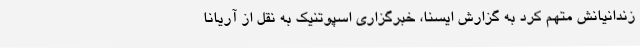
زندانیانش متهم کرد به گزارش ایسنا، خبرگزاری اسپوتنیک به نقل از آریانا